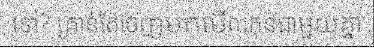
ទៅ? គ្រាន់តែចេញមកមើលកុនជាមួយគ្នា